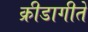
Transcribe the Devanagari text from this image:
क्रीडागीते